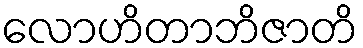
လောဟိတာဘိဇာတိ